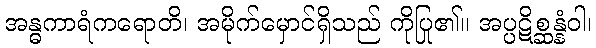
အန္ဓကာရံကရောတိ၊ အမိုက်မှောင်ရှိသည် ကိုပြု၏။ အပ္ပဋိစ္ဆန္နံဝါ၊